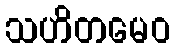
သဟိတမေဝ